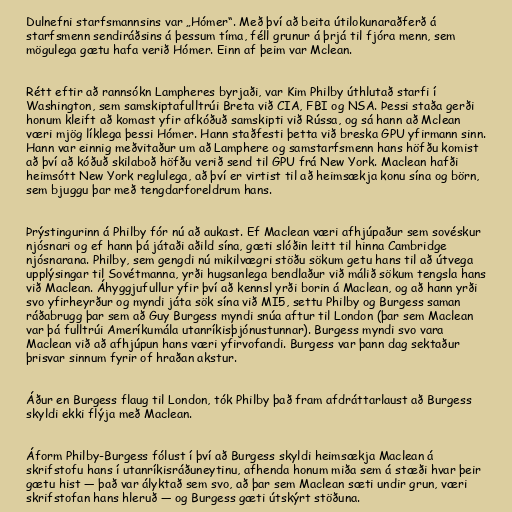
Dulnefni starfsmannsins var „Hómer“. Með því að beita útilokunaraðferð á
starfsmenn sendiráðsins á þessum tíma, féll grunur á þrjá til fjóra menn, sem
mögulega gætu hafa verið Hómer. Einn af þeim var Mclean.

Rétt eftir að rannsókn Lampheres byrjaði, var Kim Philby úthlutað starfi í
Washington, sem samskiptafulltrúi Breta við CIA, FBI og NSA. Þessi staða gerði
honum kleift að komast yfir afkóðuð samskipti við Rússa, og sá hann að Mclean
væri mjög líklega þessi Hómer. Hann staðfesti þetta við breska GPU yfirmann sinn.
Hann var einnig meðvitaður um að Lamphere og samstarfsmenn hans höfðu komist
að því að kóðuð skilaboð höfðu verið send til GPU frá New York. Maclean hafði
heimsótt New York reglulega, að því er virtist til að heimsækja konu sína og börn,
sem bjuggu þar með tengdarforeldrum hans.

Þrýstingurinn á Philby fór nú að aukast. Ef Maclean væri afhjúpaður sem sovéskur
njósnari og ef hann þá játaði aðild sína, gæti slóðin leitt til hinna Cambridge
njósnarana. Philby, sem gengdi nú mikilvægri stöðu sökum getu hans til að útvega
upplýsingar til Sovétmanna, yrði hugsanlega bendlaður við málið sökum tengsla hans
við Maclean. Áhyggjufullur yfir því að kennsl yrði borin á Maclean, og að hann yrði
svo yfirheyrður og myndi játa sök sína við MI5, settu Philby og Burgess saman
ráðabrugg þar sem að Guy Burgess myndi snúa aftur til London (þar sem Maclean
var þá fulltrúi Ameríkumála utanríkisþjónustunnar). Burgess myndi svo vara
Maclean við að afhjúpun hans væri yfirvofandi. Burgess var þann dag sektaður
þrisvar sinnum fyrir of hraðan akstur.

Áður en Burgess flaug til London, tók Philby það fram afdráttarlaust að Burgess
skyldi ekki flýja með Maclean.

Áform Philby-Burgess fólust í því að Burgess skyldi heimsækja Maclean á
skrifstofu hans í utanríkisráðuneytinu, afhenda honum miða sem á stæði hvar þeir
gætu hist — það var ályktað sem svo, að þar sem Maclean sæti undir grun, væri
skrifstofan hans hleruð — og Burgess gæti útskýrt stöðuna.